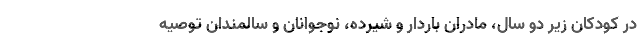
در کودکان زیر دو سال، مادران باردار و شیرده، نوجوانان و سالمندان توصیه